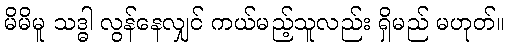
မိမိမူ သဒ္ဓါ လွန်နေလျှင် ကယ်မည့်သူလည်း ရှိမည် မဟုတ်။